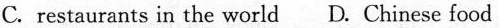
C. restaurants in the world D. Chinese food